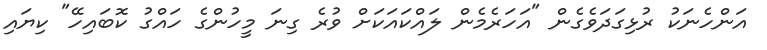
އަންހެނަކު ރުޅިގަދަވެގެން "އަހަރެމެން ލައްކައަކަށް ވުރެ ގިނަ މީހުންގެ ހައްގު ކޮބައިހޭ" ކިޔައި